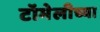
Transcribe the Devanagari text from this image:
टॉमेलीच्या